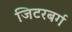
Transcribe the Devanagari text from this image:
जिटरबर्ग